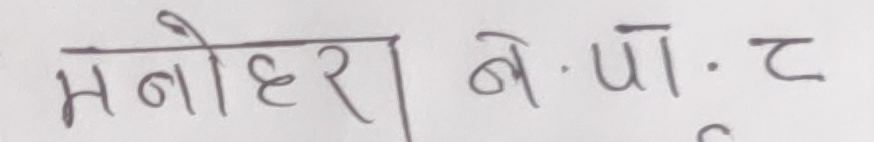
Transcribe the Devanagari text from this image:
मनोहर। ने.पा.ट